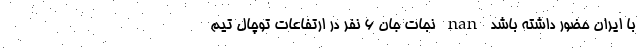
با ایران حضور داشته باشد nan نجات جان ۶ نفر در ارتفاعات توچال تیم